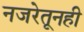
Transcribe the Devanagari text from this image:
नजरेतूनही